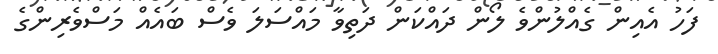
ފަހު އެއިން ގެއްލުންވެ ލޯން ދައްކަން ދަތިވާ މައްސަލަ ވެސް ބައެއް މަސްވެރިންގެ